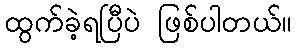
ထွက်ခဲ့ရပြီပဲ ဖြစ်ပါတယ်။